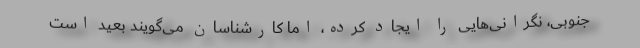
جنوبی، نگرانی‌هایی را ایجاد کرده، اما کارشناسان می‌گویند بعید است